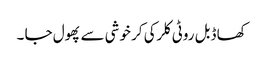
کھا ڈبل روٹی کلرکی کر خوشی سے پھول جا ۔